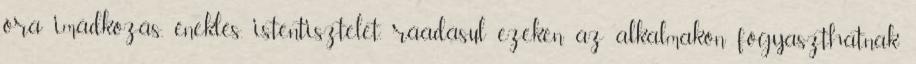
óra imádkozás, éneklés, istentisztelet, ráadásul ezeken az alkalmakon fogyaszthatnak